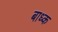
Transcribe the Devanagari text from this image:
बाध्‍क